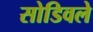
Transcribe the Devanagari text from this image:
सोडिवले